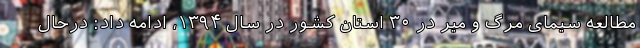
مطالعه سیمای مرگ و میر در ۳۰ استان کشور در سال ۱۳۹۴، ادامه داد: درحال